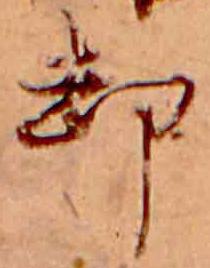
却